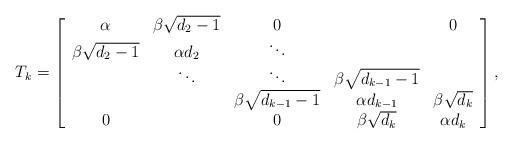
LaTeX: \begin{align*}T_{k}=\left[\begin{array}[c]{ccccc}\alpha & \beta\sqrt{d_{2}-1} & 0 & & 0\\\beta\sqrt{d_{2}-1} & \alpha d_{2} & \ddots & & \\& \ddots & \ddots & \beta\sqrt{d_{k-1}-1} & \\& & \beta\sqrt{d_{k-1}-1} & \alpha d_{k-1} & \beta\sqrt{d_{k}}\\0 & & 0 & \beta\sqrt{d_{k}} & \alpha d_{k}\end{array}\right] , \end{align*}